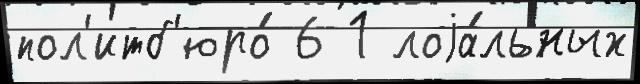
пол'итб'юро́ 6 1 лоjа́льных